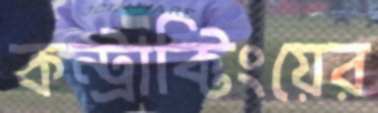
কন্ট্রাক্টিংয়ের